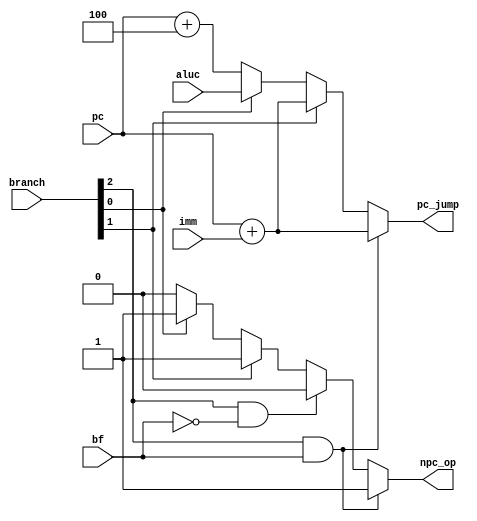
module Judge_Jump(
    //input
    input wire [2 :0] branch,       //只有B/jal/jalr指令才会出现分支跳转
    input wire        bf,
    input wire [31:0] pc,
    input wire [31:0] imm,
    input wire [31:0] aluc,
    //output
    output reg        npc_op,
    output reg [31:0] pc_jump
);

    always @(*) begin
        if(branch[2] & bf)      pc_jump = pc+imm;      //是B型指令且跳转
        else if(branch[1])      pc_jump = pc+imm;      //JAL
        else if(branch[0])      pc_jump = aluc;        //JALR
        else                    pc_jump = pc+32'd4;
    end

    always @(*) begin
        if(branch[2] & bf)          npc_op = 1'b1;          //是B型指令且跳转
        else if(branch[2] & !bf)    npc_op = 1'b0;          //是B型指令但不跳转
        else if(branch[1])          npc_op = 1'b1;          //JAL
        else if(branch[0])          npc_op = 1'b1;          //JALR
        else                        npc_op = 1'b0; 
    end
    
endmodule